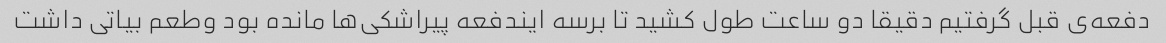
دفعه‌ی قبل گرفتیم دقیقا دو ساعت طول کشید تا برسه ایندفعه پیراشکی‌ها مانده بود وطعم بیاتی داشت